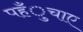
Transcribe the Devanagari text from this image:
पहँुचाए